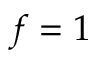
f = 1